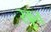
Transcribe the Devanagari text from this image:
स्कृत